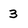
Character: 3